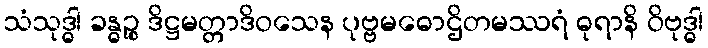
သံသုဒ္ဓါ ခန္ဓဉ္စ ဒိဋ္ဌမတ္တာဒိဝသေန ပုဗ္ဗမဓောဌိတမဿရံ ဓုရာနိ ဝိဗုဒ္ဓါ